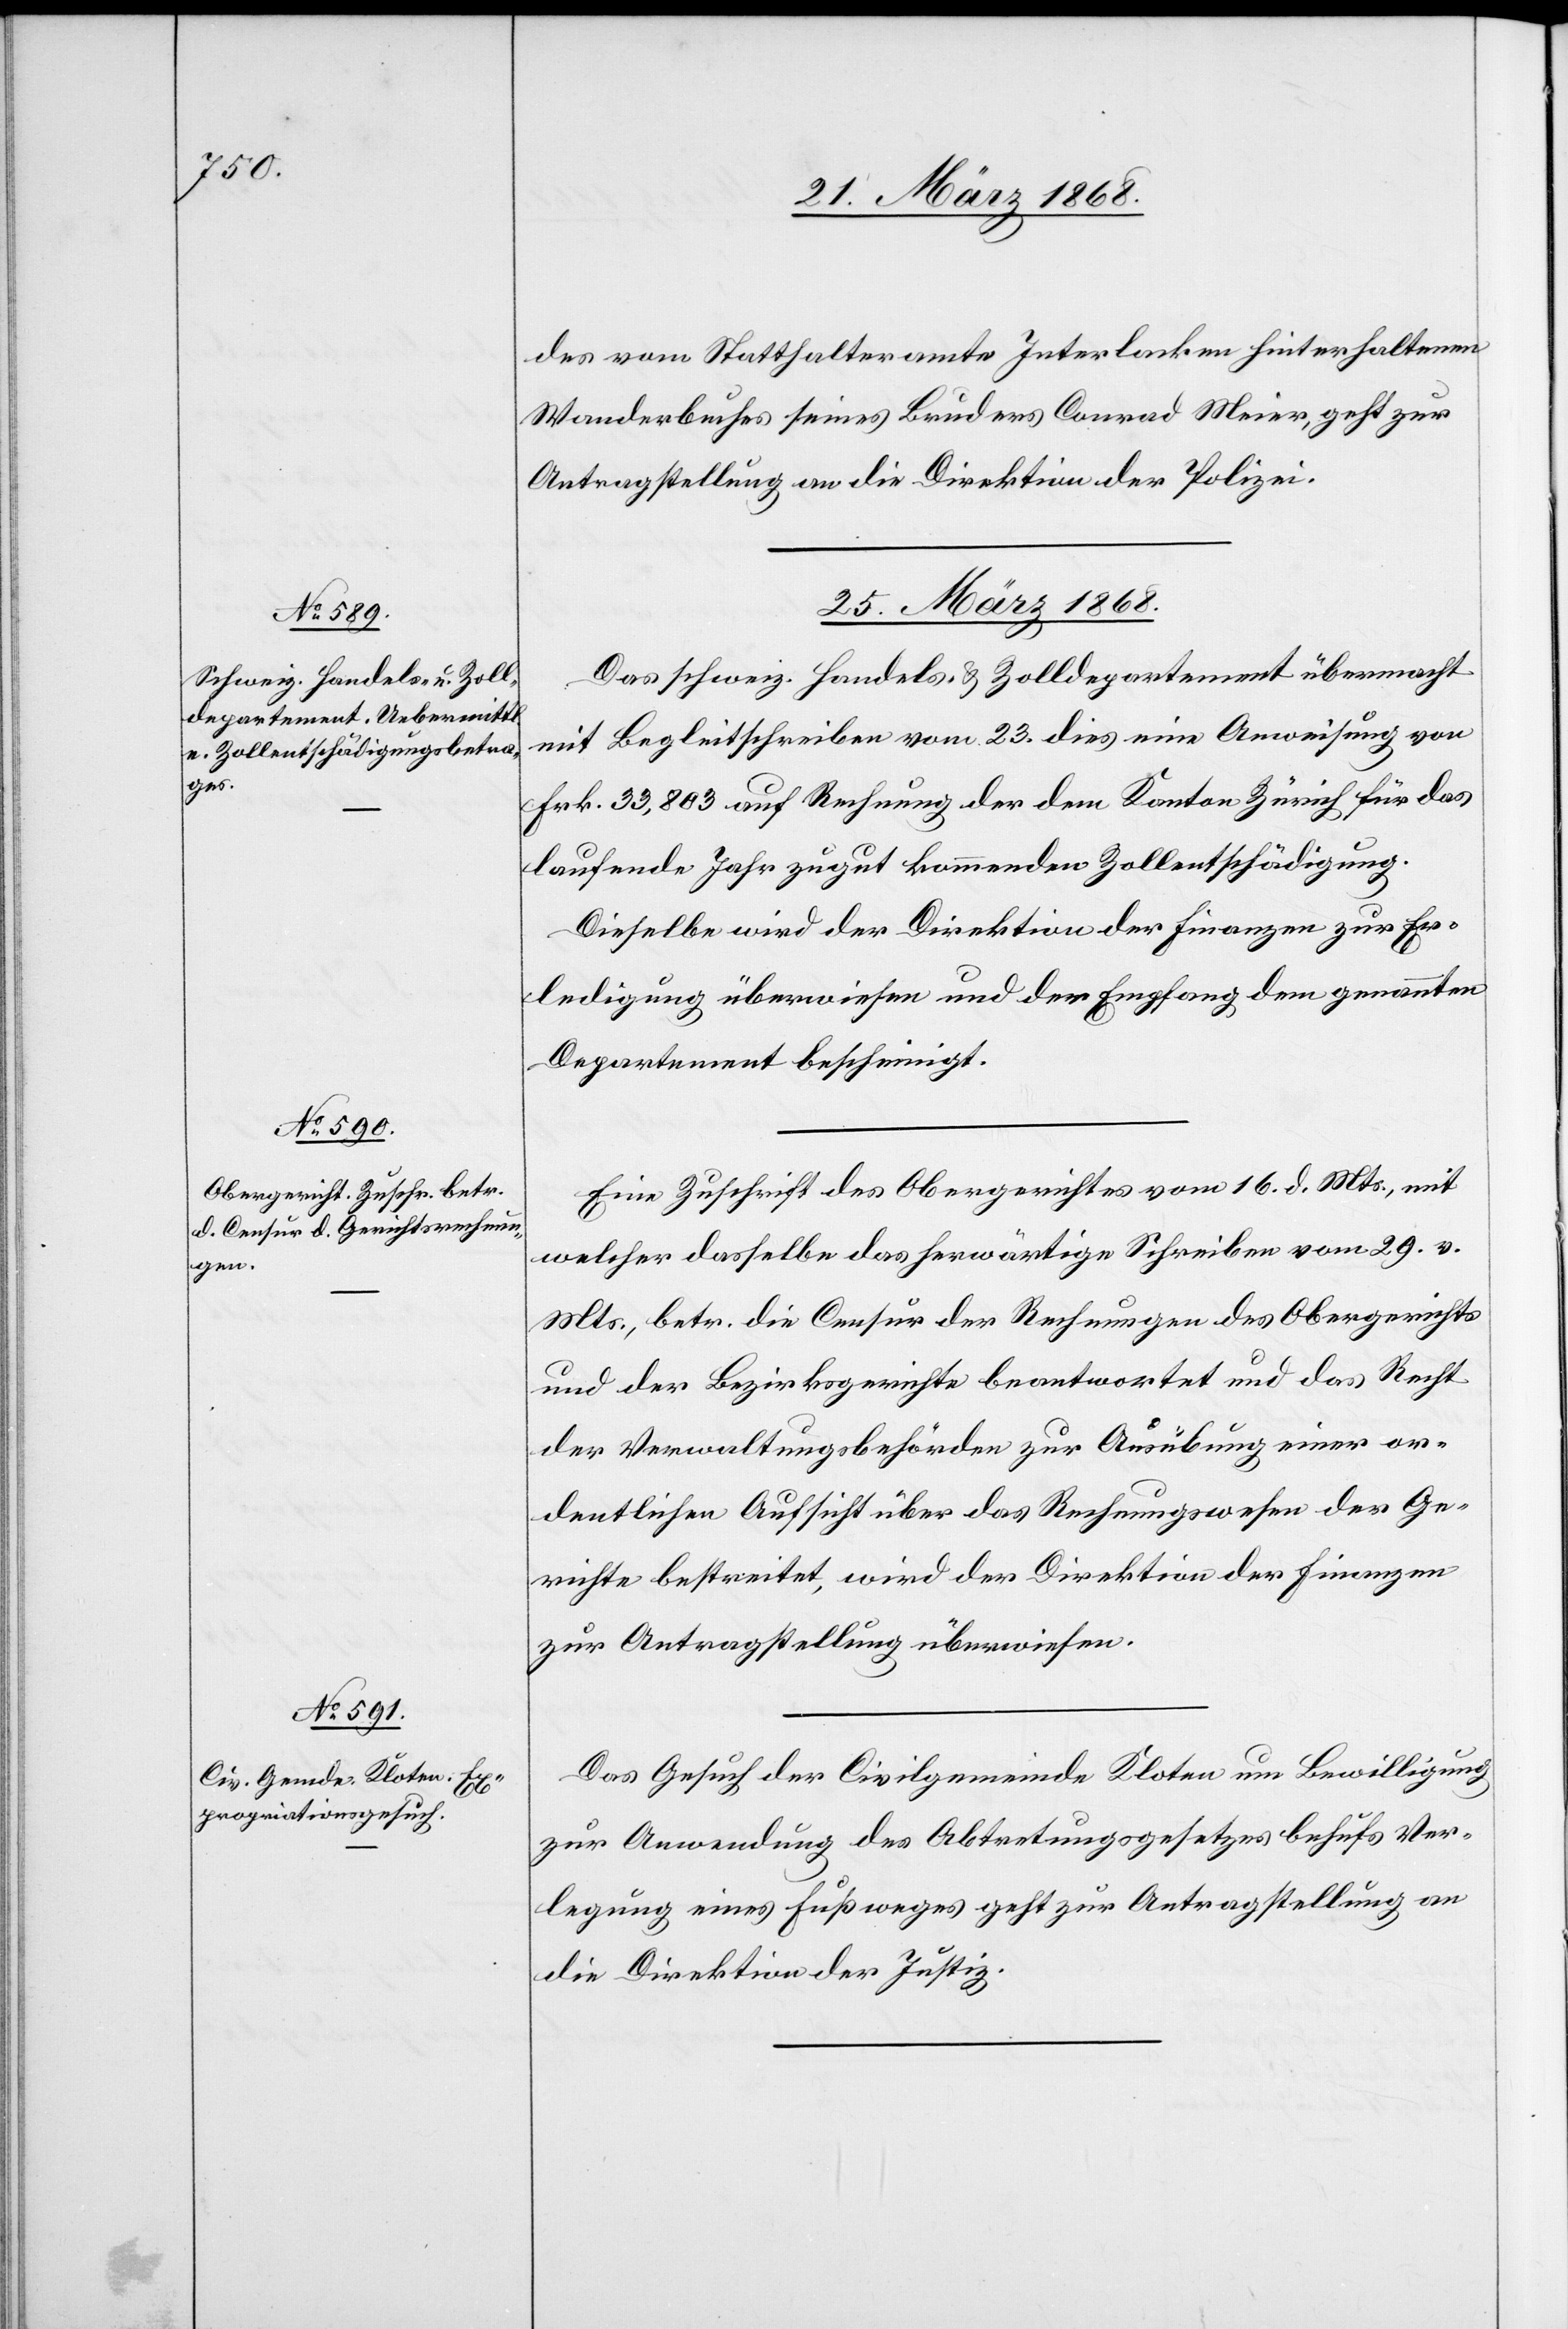
des vom Statthalteramte Interlacken hinterhaltenen
Wanderbuches seines Bruders Conrad Meier, geht zur
Antragstellung an die Direktion der Polizei.
25. März 1868.]
Das schweiz. Handels- & Zolldepartement übermacht
mit Begleitschreiben vom 23. dies eine Anweisung von
Frk. 33,803 auf Rechnung der dem Kanton Zürich für das
laufende Jahr zugut kommenden Zollentschädigung.
Dieselbe wird der Direktion der Finanzen zur Er¬
ledigung überwiesen und der Empfang dem genannten
Departement bescheinigt.
Eine Zuschrift des Obergerichtes vom 16. d. Mts., mit
welcher dasselbe das herwärtige Schreiben vom 29. v.
Mts., betr. die Censur der Rechnungen des Obergerichts
und der Bezirksgerichte beantwortet und das Recht
der Verwaltungsbehörden zur Ausübung einer or¬
dentlichen Aufsicht über das Rechnungswesen der Ge¬
richte bestreitet, wird der Direktion der Finanzen
zur Antragstellung überwiesen.
Das Gesuch der Civilgemeinde Kloten um Bewilligung
zur Anwendung des Abtretungsgesetzes behufs Ver¬
legung eines Fußweges geht zur Antragstellung an
die Direktion der Justiz.